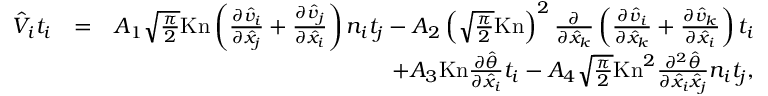
\begin{array} { r l r } { \hat { V } _ { i } t _ { i } } & { = } & { A _ { 1 } \sqrt { \frac { \pi } { 2 } } \mathrm { K n } \left( \frac { \partial \hat { v } _ { i } } { \partial \hat { x } _ { j } } + \frac { \partial \hat { v } _ { j } } { \partial \hat { x } _ { i } } \right) n _ { i } t _ { j } - A _ { 2 } \left( \sqrt { \frac { \pi } { 2 } } \mathrm { K n } \right) ^ { 2 } \frac { \partial } { \partial \hat { x } _ { k } } \left( \frac { \partial \hat { v } _ { i } } { \partial \hat { x } _ { k } } + \frac { \partial \hat { v } _ { k } } { \partial \hat { x } _ { i } } \right) t _ { i } } \\ & { } & { + A _ { 3 } \mathrm { K n } \frac { \partial \hat { \theta } } { \partial \hat { x } _ { i } } t _ { i } - A _ { 4 } \sqrt { \frac { \pi } { 2 } } \mathrm { K n } ^ { 2 } \frac { \partial ^ { 2 } \hat { \theta } } { \partial \hat { x } _ { i } \hat { x } _ { j } } n _ { i } t _ { j } \mathrm { , } } \end{array}